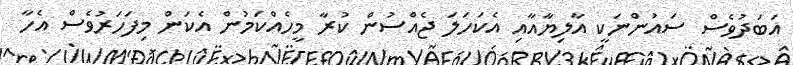
އަބަދުވެސް ސައުންނަކީ އާލިޔާއާއި އެކަހަލަ ޖެއްސުން ކުރާ މީހެއްކަމުން އެކަން މިފަހަރުވެސް އެހާ